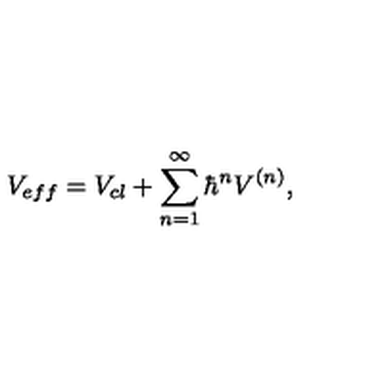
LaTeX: V _ { e f f } = V _ { c l } + \sum _ { n = 1 } ^ { \infty } { \hbar } ^ { n } V ^ { ( n ) } ,